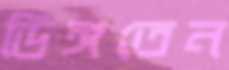
ডিঙ্গতেন